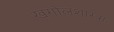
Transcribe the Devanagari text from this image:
खगोलशास्त्रा